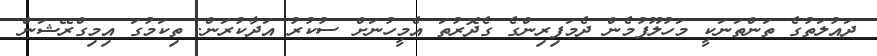
ދައުލަތުގެ ތަންތަނަކީ މަހުލޫފުމެން ދެމަފިރިންގެ ގެދޮރުތަ އެމީހުނަށް ސުކުރު އަދާކުރަން. ތިކަމުގަ އިމިގްރޭޝަން